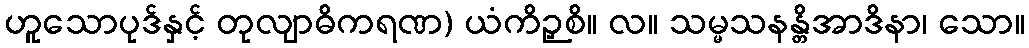
ဟူသောပုဒ်နှင့် တုလျာဓိကရဏ) ယံကိဉှစိ။ လ။ သမ္မသနန္တိအာဒိနာ၊ သော။